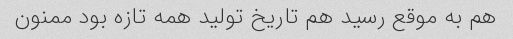
هم به موقع رسید هم تاریخ تولید همه تازه بود ممنون